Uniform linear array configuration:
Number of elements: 32
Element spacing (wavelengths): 0.5
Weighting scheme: blackman
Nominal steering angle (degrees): -60
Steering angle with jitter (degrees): -60.492
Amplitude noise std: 0.05
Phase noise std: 0.05

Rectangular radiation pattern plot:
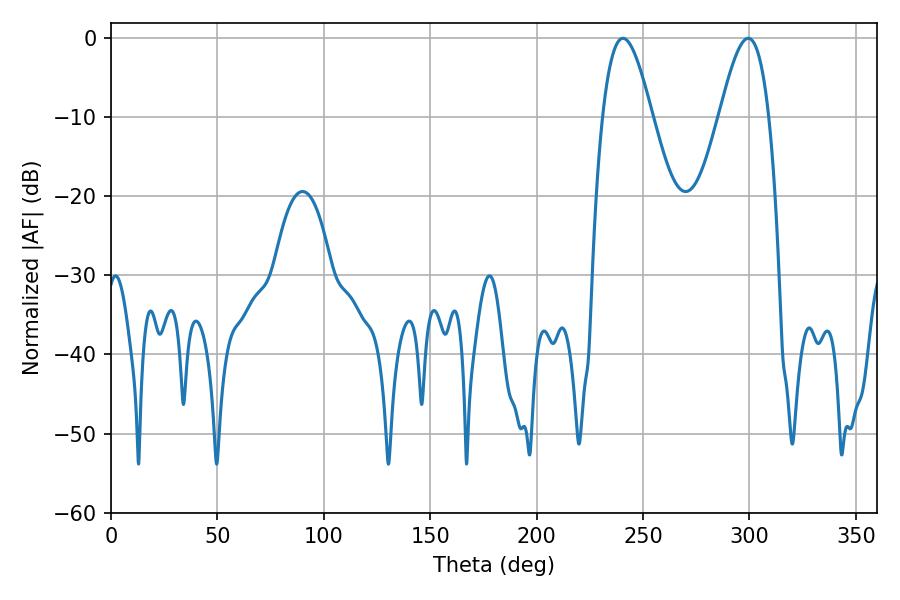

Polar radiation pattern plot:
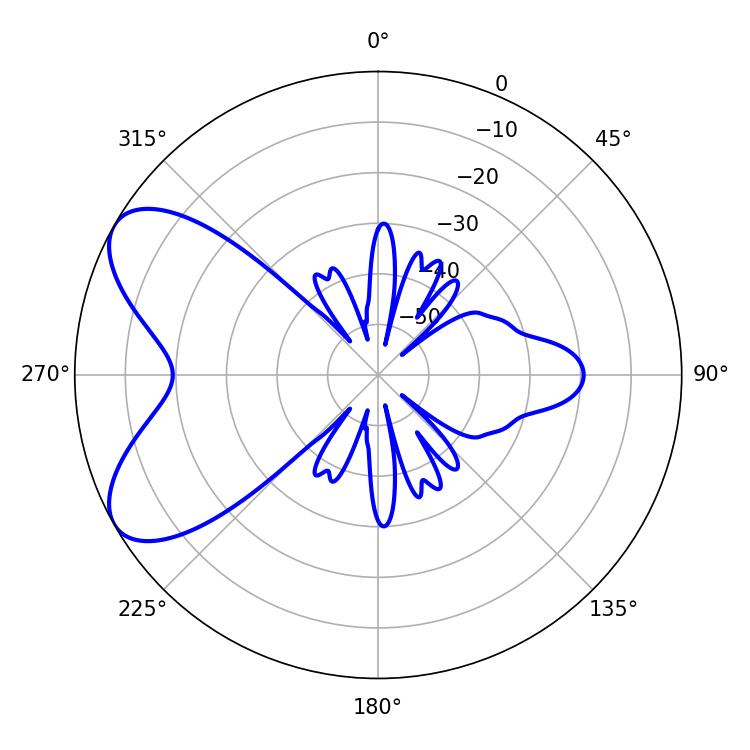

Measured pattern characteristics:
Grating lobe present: FALSE
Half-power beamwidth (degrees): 12.6
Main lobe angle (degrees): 299.52